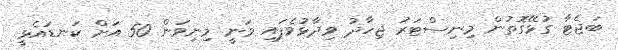
ބަޖެޓާ ގުޅޭގޮތުން މިނިސްޓަރު ޖިހާދު ވިދާޅުވެފައި ވަނީ މިނިވަން 50 އަށް ކަނޑައެޅީ